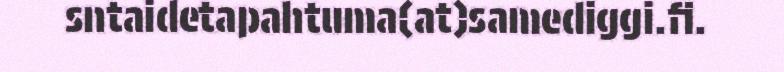
sntaidetapahtuma(at)samediggi.fi.